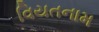
વિયતનામ